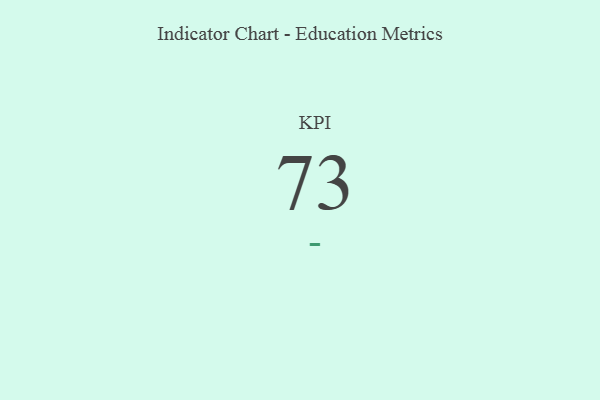
{"axis": {"x": "KPI", "y": "Value"}, "legend": [""], "data": [{"x": "KPI", "y": 73, "type": ""}]}